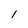
Character: l